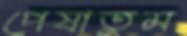
পেষাতুম